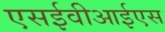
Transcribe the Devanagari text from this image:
एसईवीआईएस